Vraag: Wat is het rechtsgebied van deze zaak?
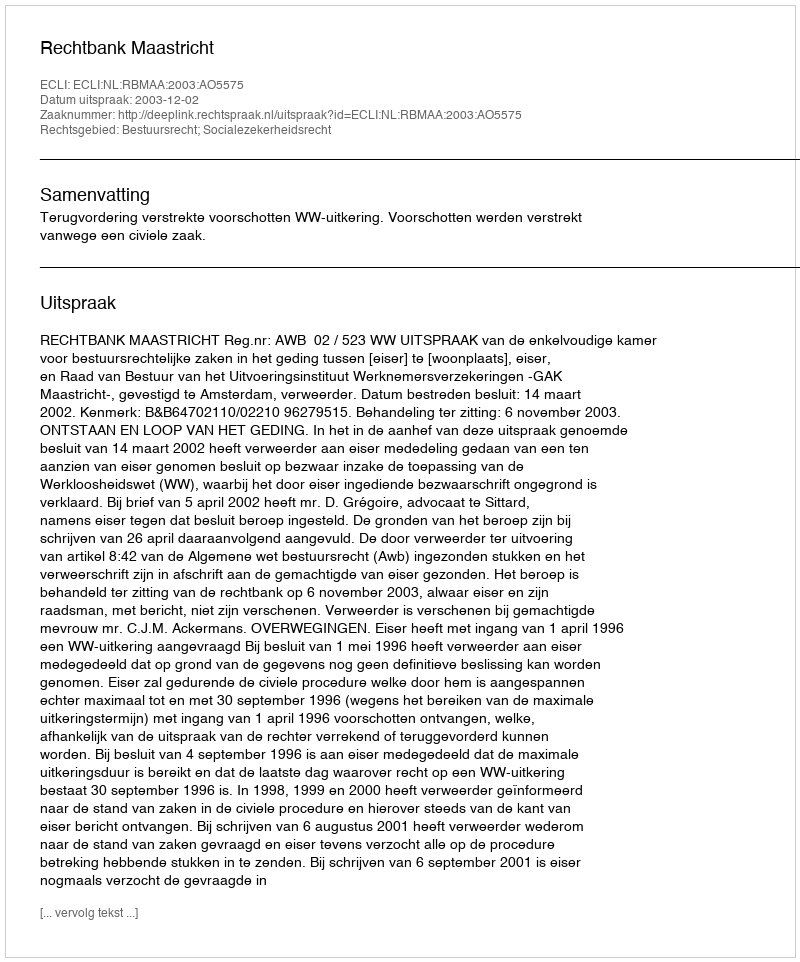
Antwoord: Bestuursrecht; Socialezekerheidsrecht